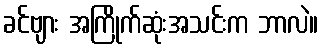
ခင်ဗျား အကြိုက်ဆုံးအသင်းက ဘာလဲ။